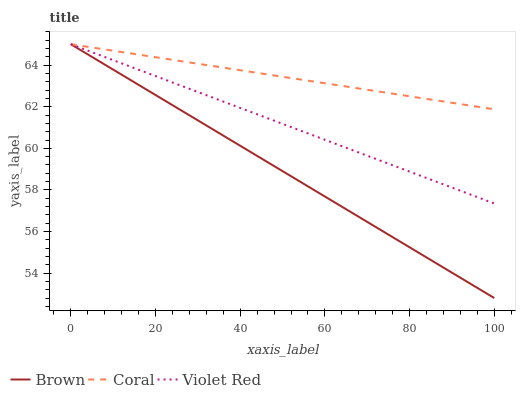
| xaxis_label | Brown | Coral | Violet Red |
 | --- | --- | --- | --- |
 | 0 | 65 | 65 | 65 |
 | 5.26 | 64.4 | 64.8 | 64.6 |
 | 10.5 | 63.7 | 64.7 | 64.2 |
 | 15.8 | 63.1 | 64.5 | 63.8 |
 | 21.1 | 62.4 | 64.3 | 63.4 |
 | 26.3 | 61.8 | 64.2 | 63 |
 | 31.6 | 61.2 | 64 | 62.6 |
 | 36.8 | 60.5 | 63.8 | 62.2 |
 | 42.1 | 59.9 | 63.7 | 61.8 |
 | 47.4 | 59.2 | 63.5 | 61.4 |
 | 52.6 | 58.6 | 63.4 | 61 |
 | 57.9 | 57.9 | 63.2 | 60.6 |
 | 63.2 | 57.3 | 63 | 60.2 |
 | 68.4 | 56.7 | 62.9 | 59.8 |
 | 73.7 | 56 | 62.7 | 59.4 |
 | 78.9 | 55.4 | 62.5 | 59 |
 | 84.2 | 54.7 | 62.4 | 58.6 |
 | 89.5 | 54.1 | 62.2 | 58.2 |
 | 94.7 | 53.5 | 62 | 57.8 |
 | 100 | 52.8 | 61.9 | 57.4 |